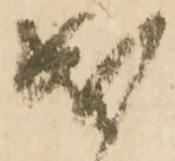
成